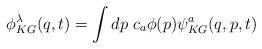
LaTeX: \begin{align*}\phi^\lambda _{KG}(q,t)=\int dp\; c_a\phi(p)\psi^a_{KG}(q,p,t)\end{align*}